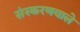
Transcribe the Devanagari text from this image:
संस्करणवाले